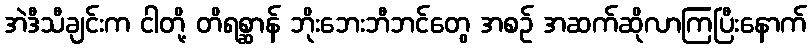
အဲဒီသီချင်းက ငါတို့ တိရစ္ဆာန် ဘိုးဘေးဘီဘင်တွေ အစဉ် အဆက်ဆိုလာကြပြီးနောက်